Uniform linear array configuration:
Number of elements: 64
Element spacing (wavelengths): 0.25
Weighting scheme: kaiser
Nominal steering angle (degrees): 60
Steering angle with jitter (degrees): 61.441
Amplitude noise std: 0.05
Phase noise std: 0.05

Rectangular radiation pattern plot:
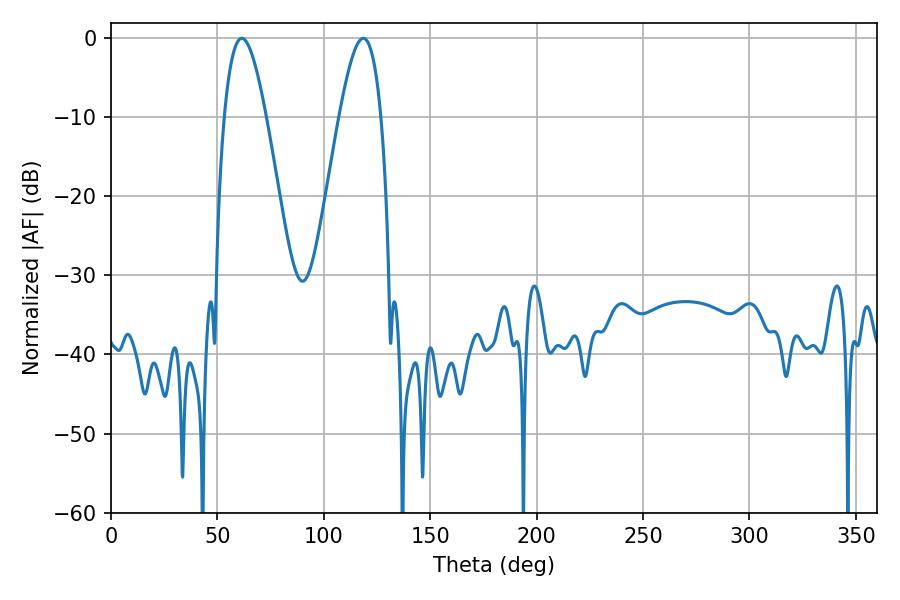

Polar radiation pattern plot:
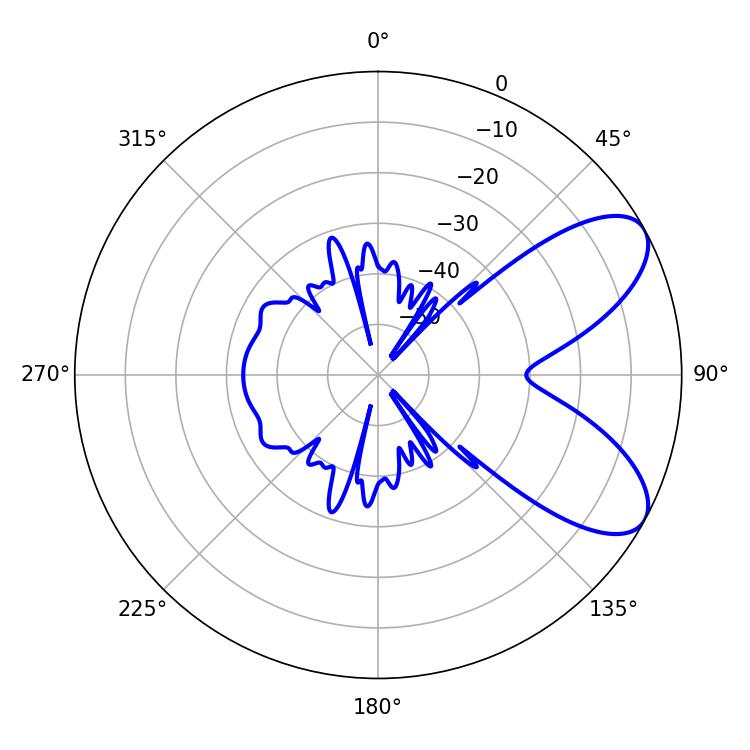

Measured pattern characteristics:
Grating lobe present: FALSE
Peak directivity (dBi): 7.492
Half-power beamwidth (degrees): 10.62
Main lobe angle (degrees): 61.38